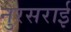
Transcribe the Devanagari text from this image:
नुरसराई